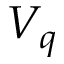
V _ { q }